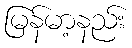
မြန်မာ့နည်း